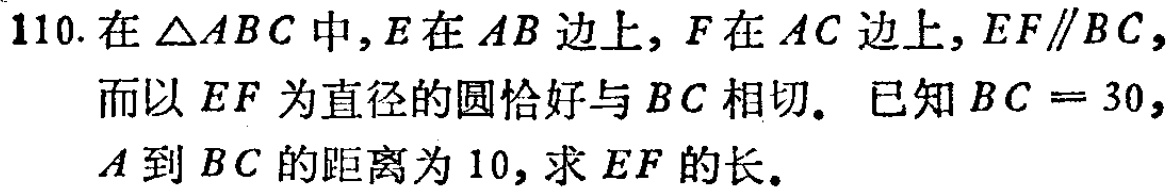
110. 在$\triangle ABC$中，$E$在$AB$边上，$F$在$AC$边上，$EF\parallel BC$，而以$EF$为直径的圆恰好与$BC$相切。已知$BC = 30$，$A$到$BC$的距离为$10$，求$EF$的长。